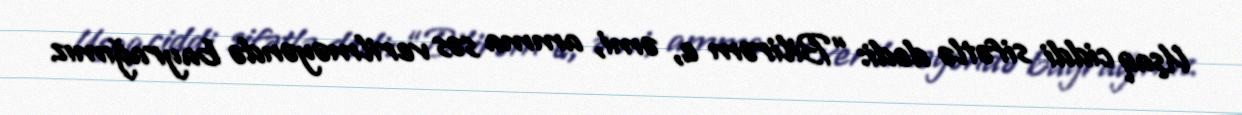
Uşaq ciddi sifətlə dedi: “Bilirəm e, əmi, amma səs verilməyəndə bayrağımız